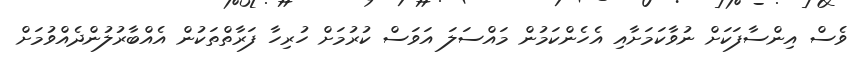
ވެސް އިންސާފަކަށް ނުވާކަމަށާއި އެހެންކަމުން މައްސަލަ އަވަސް ކުރުމަށް ހުރިހާ ފަރާތްތަކުން އެއްބާރުލުންދެއްވުމަށް